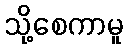
သို့စေကာမူ